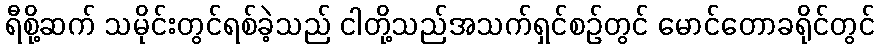
ရီစို့ဆက် သမိုင်းတွင်ရစ်ခဲ့သည် ငါတို့သည်အသက်ရှင်စဉ်တွင် မောင်တောခရိုင်တွင်